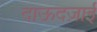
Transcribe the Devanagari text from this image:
दाऊदज़ाई